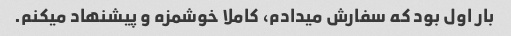
بار اول بود که سفارش میدادم، کاملا خوشمزه و پیشنهاد میکنم.